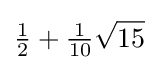
{\tfrac {1}{2}}+{\tfrac {1}{10}}{\sqrt {15}}